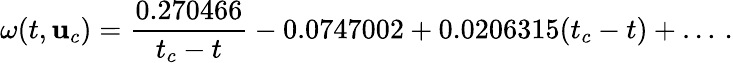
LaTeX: \omega(t,{\mathbf{u}}_{c})=\frac{0.270466}{t_{c}-t}-0.0747002+0.0206315(t_{c}-t)+\dots\, .